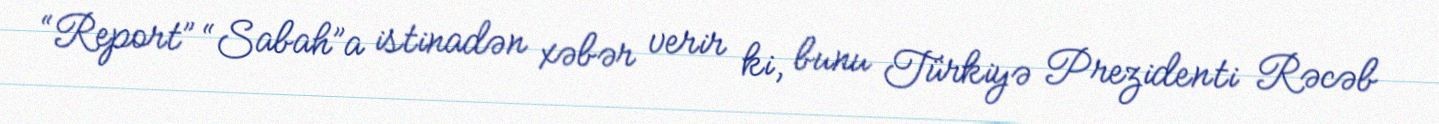
“Report” “Sabah”a istinadən xəbər verir ki, bunu Türkiyə Prezidenti Rəcəb